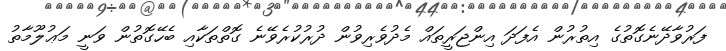
ފަރުވާދޭނެގޮތުގެ އިތުރުން އެފަދަ އިންޖަރީތައް މެދުވެރިވުން ދުރުކުރެވޭނެ ގޮތްތަކާއި ބެހޭގޮތުން ވަނީ މަޢުލޫމާތު